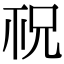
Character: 𥘱